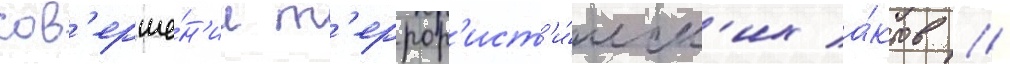
сов'ерше́н'ии т'еррор'ист'и́ческ'их а́ктов //